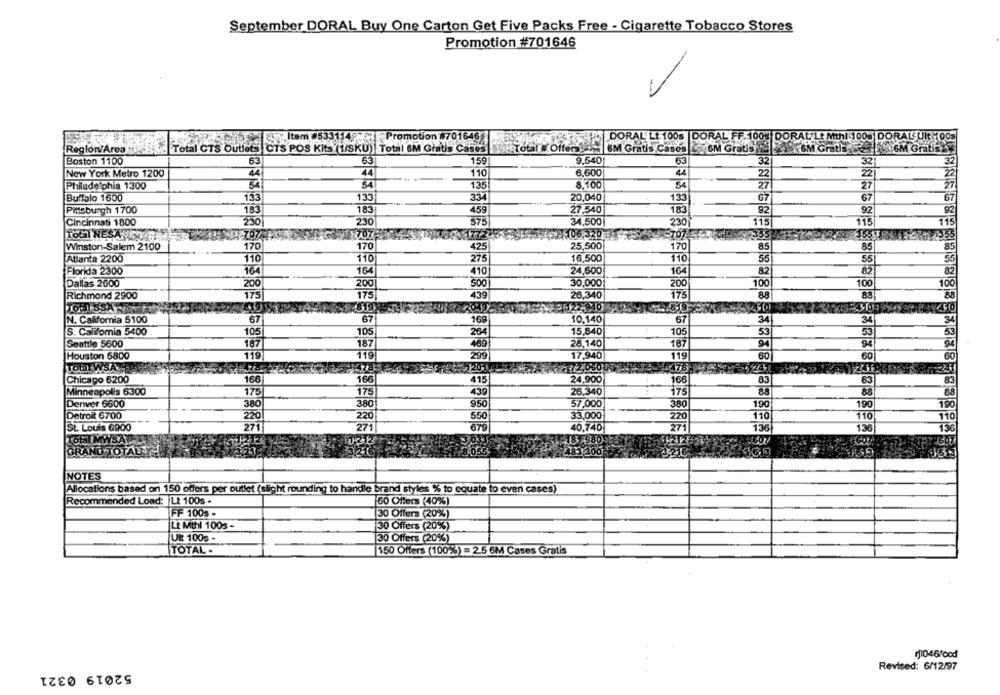
September DORAL Buy One Carton Get Five Packs Free - Cigarette Tobacco Stores
Promotion #701646
-
57. Item #533114: - Promotion #701646
DORAL LE 1005 DORAL FF.100% DORAL Lt Mthl 100% DORAL UIt 00%
Region/Area
Total CTS Outlets CTS POS Kits (1/SKU) |Total 6M'Gratis Cases . Total #'Offers1)
6M Gratis Cases . GM Gratis 2 213 6M Gratis
GM Gratis!
63
63
159
9,540
63
32
32
Boston 1100
New York Metro 1200
44
44
110
6,600
44
Philadelphia 1300
54
135
8.100
54
27
Buffalo 1600
133
133
334
20,040
133
67
67
183
459
27,540
Pittsburgh 1700
183
183
92
92
230
230
575
34.500
230
115
115
11
Cincinnati 1800
106,320
333
TOGT NESATICYET
Winston-Salem 2100
170
170
425
25,500
170
85
85
Atlanta 2200
110
110
275
16,500
110
55
55
Florida 2300
164
164
410
24,600
16
82
82
Dallas 2600
200
200
500
30,000
200
100
100
10
Richmond 2900
175
175
439
26,340
175
1022,940
TOFISSA
N. California 5100
67
67
169
10.140
34
74
67
34
S. Califomia 5400
105
264
15,840
105
53
53
Seattle 5600
167
187
469
28,140
187
94
119
299
17.940
Houston 6800
119
60
60
Total WSA
£1720800
Chicago 6200
166
415
24,900
166
83
83
83
Minneapolis 6300
175
175
439
26.340
175
88
88
88
Denver 6600
950
1.90
380
380
57.000
380
190
190
Detroit 6700
220
550
33,000
110
110
220
220
110
St. Louis 6900
271
271
679
40,740
271
136
130
15
TOLET MWSA
1212
3.033
181.980
GRAND TOTAL
#8 055
483.200
NOTES
Allocations based on 150 offers per outlet (slight rounding to handle brand styles % to equate to even cases)
Recommended Load: Lt 100s .
60 Offers (40%)
FF 100% -
30 Offers (20%)
Lt Mthl 1005 -
30 Offers (20%)
UK 100s -
30 Offers (20%)
TOTAL .
150 Offers (100%) = 25 6M Cases Gratis
11046food
Revised: 6/12/97
52019 0321